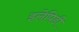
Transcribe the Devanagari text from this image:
इलेपिडी